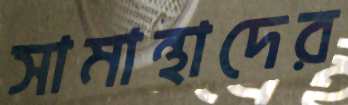
সামান্থাদের